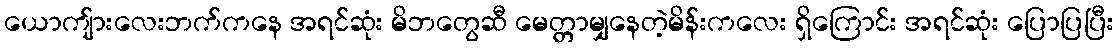
ယောကျ်ားလေးဘက်ကနေ အရင်ဆုံး မိဘတွေဆီ မေတ္တာမျှနေတဲ့မိန်းကလေး ရှိကြောင်း အရင်ဆုံး ပြောပြပြီး